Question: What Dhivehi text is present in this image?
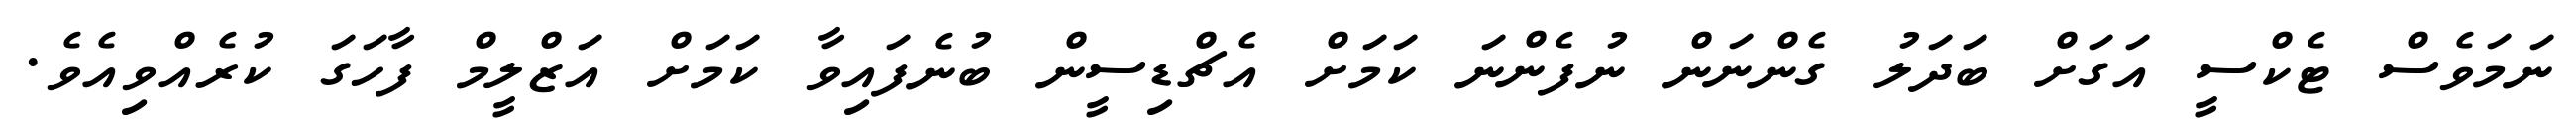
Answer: ނަމަވެސް ޓެކްސީ އަގަށް ބަދަލު ގެންނަން ނުފެންނަ ކަމަށް އެޗްޑިސީން ބުނެފައިވާ ކަމަށް އަޒްލީމް ފާހަގަ ކުރެއްވިއެވެ.